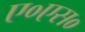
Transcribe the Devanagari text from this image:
ए०एस०